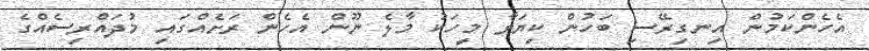
އެހެންކަމުން އިނގިރޭސި ބަހުން ކިޔަވާ މީހަކު މާލެ ނޫން އެހެން ރަށެއްގައި މުދައްރިސެއްގެ